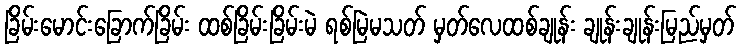
ခြိမ်းမောင်းခြောက်ခြိမ်း ထစ်ခြိမ်းခြိမ်းမဲ ရစ်မြဲမသတ် မှတ်လေထစ်ချုန်း ချုန်းချုန်းမြည်မှတ်